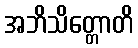
အဘိသိတ္တောတိ